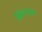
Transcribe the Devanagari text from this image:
प्रबोधपचासा